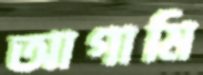
আগামি